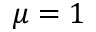
\mu = 1